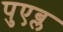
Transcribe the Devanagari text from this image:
पुएब्ल